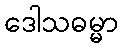
ဒေါသဓမ္မာ